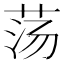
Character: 荡